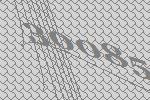
30085